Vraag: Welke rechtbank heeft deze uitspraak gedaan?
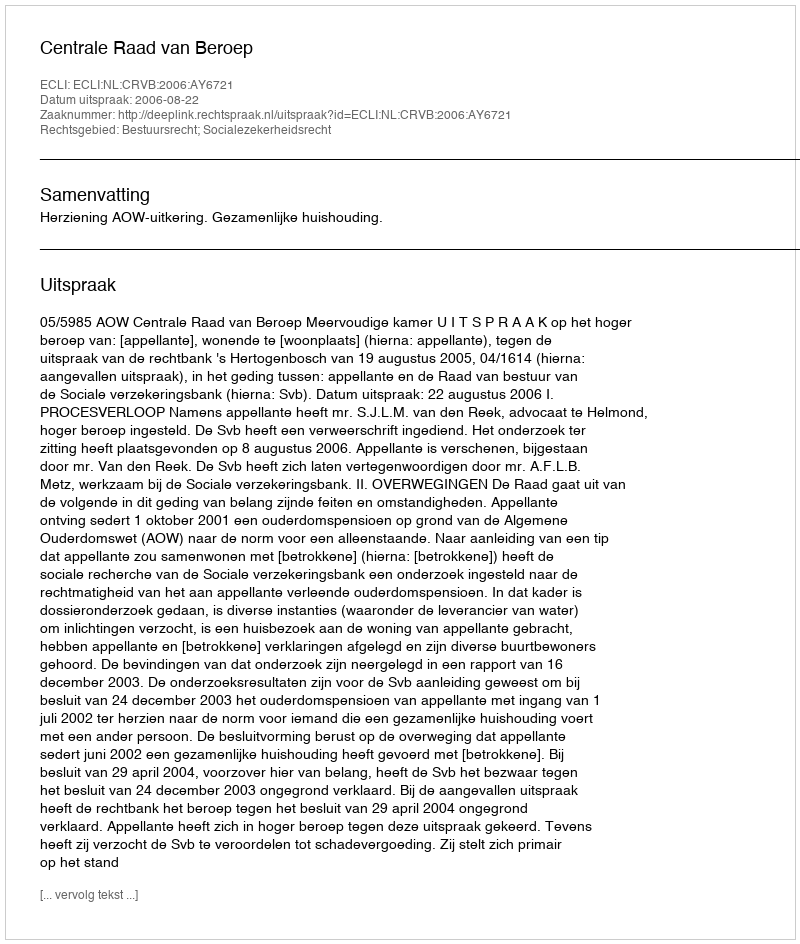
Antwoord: Centrale Raad van Beroep